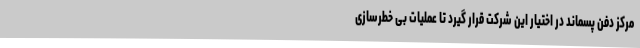
مرکز دفن پسماند در اختیار این شرکت قرار گیرد تا عملیات بی خطرسازی